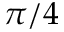
\pi / 4